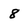
Character: 8